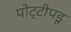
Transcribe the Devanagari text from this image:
पोट्टीपडू